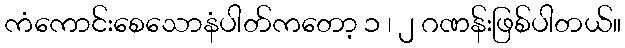
ကံကောင်းစေသောနံပါတ်ကတော့ ၁ ၊ ၂ ဂဏန်းဖြစ်ပါတယ်။